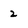
Character: 2